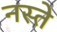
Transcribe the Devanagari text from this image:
नस्ते